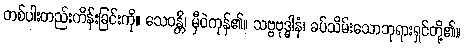
တစ်ပါးတည်းကိန်းခြင်းကို။ သေဝန္တိ၊ မှီဝဲကုန်၏။ သဗ္ဗဗုဒ္ဓါနံ၊ ခပ်သိမ်းသောဘုရားရှင်တို့၏။